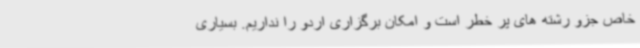
خاص جزو رشته های پر خطر است و امکان برگزاری اردو را نداریم. بسیاری